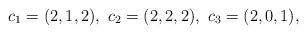
LaTeX: \begin{align*}c_1=(2,1,2),\ c_2=(2,2,2),\ c_3=(2,0,1),\end{align*}